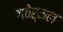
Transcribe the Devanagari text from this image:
गवेर्नल